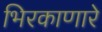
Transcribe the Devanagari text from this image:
भिरकाणारे